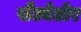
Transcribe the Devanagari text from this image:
सैल्वेटोर